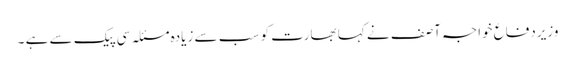
وزیردفاع خواجہ آصف نے کہا بھارت کو سب سے زیادہ مسئلہ سی پیک سے ہے ۔